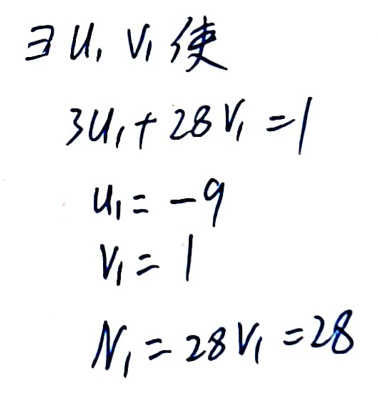
已知$u_1, v_1$满足\\
3u_1 + 28$v_1 = 1$\\
$u_1=-9$\\
$v_1 = 1$\\
$N_1 = 28v_1 = 28$